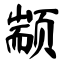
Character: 颛